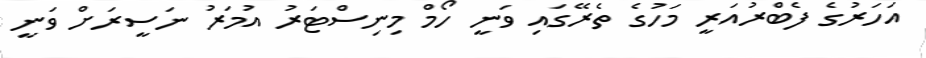
އަހަރުގެ ފެބްރުއަރީ މަހުގެ ތެރޭގައި ވަނީ ހޯމް މިނިސްޓަރު އުމަރު ނަސީރަށް ވަނީ